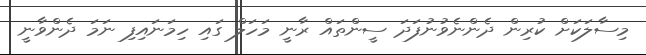
މިސާލަކަށް ކުރިން ދެންނެވުނުފަދަ ސީންތައް ރާނީ މަހަލް ގައި ހިމަނައިފި ނަމަ ދެންވާނީ